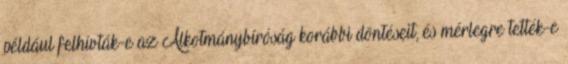
például felhívták-e az Alkotmánybíróság korábbi döntéseit, és mérlegre tették-e